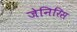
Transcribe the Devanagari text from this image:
जेनिरिस